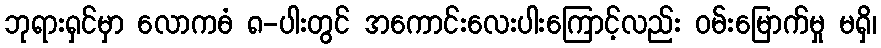
ဘုရားရှင်မှာ လောကဓံ ၈-ပါးတွင် အကောင်းလေးပါးကြောင့်လည်း ဝမ်းမြောက်မှု မရှိ၊